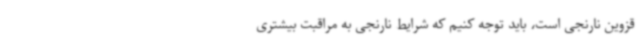
قزوین نارنجی است، باید توجه کنیم که شرایط نارنجی به مراقبت بیشتری